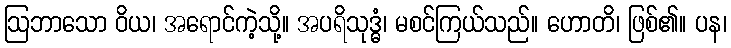
ဩဘာသော ဝိယ၊ အရောင်ကဲ့သို့။ အပရိသုဒ္ဓံ၊ မစင်ကြယ်သည်။ ဟောတိ၊ ဖြစ်၏။ ပန၊